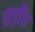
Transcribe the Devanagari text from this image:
सड़ाँघ